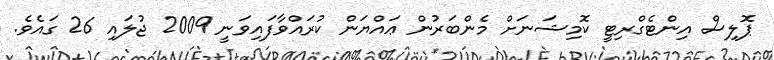
ޕޮލިސް އިންޓެގްރިޓީ ކޮމިޝަނަށް މެންބަރުން ޢައްޔަން ކުރައްވާފައިވަނީ 2009 ޖުލައި 26 ގައެވެ.